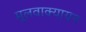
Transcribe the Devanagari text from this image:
मूलवाक्यायन